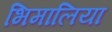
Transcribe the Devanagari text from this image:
भिमालिया